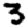
Digit: 3